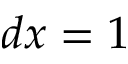
d x = 1